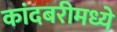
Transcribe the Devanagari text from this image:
कांदबरीमध्ये